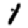
Digit: 1